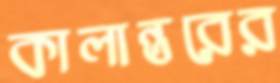
কালান্তরের